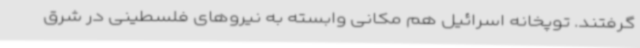
گرفتند. توپخانه اسرائیل هم مکانی وابسته به نیروهای فلسطینی در شرق